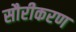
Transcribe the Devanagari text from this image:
सौरीकरण